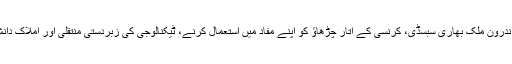
اُن کا کہنا تھا کہ چین نے اپنا اقتصادی ماڈل، منڈیوں تک رسائی میں بڑے پیمانے کی پابندیوں، اندرون ملک بھاری سبسڈی، کرنسی کے اتار چڑھاؤ کو اپنے مفاد میں استعمال کرنے، ٹیکنالوجی کی زبردستی منتقلی اور املاک دانش کے حقوق اور تجارتی رازوں کی بڑے پیمانے پر چوری کے اقدامات پر استوار کر رکھا ہے۔